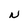
Character: N